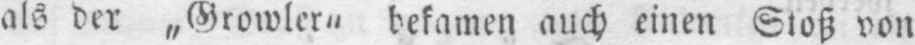
als der „Growler“ bekamen auch einen Stoß von